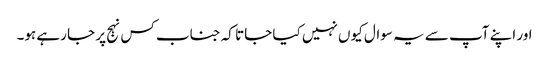
اور اپنے آپ سے یہ سوال کیوں نہیں کیا جاتا کہ جناب کس نہج پر جا رہے ہو۔